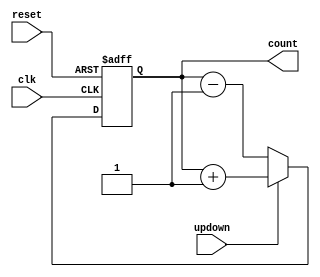
module updown_counter( 
  input clk,reset,updown,
output reg [7:0] count);
always @(posedge clk, negedge reset)
  begin
if (!reset)
  begin
count <= 2'b0;
end
else if (updown)
  begin
count <= count + 1;
end
else
  begin
count <= count - 1;
end
end
endmodule